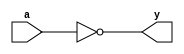
module jinverter(y,a);
	output y;
	input a;
	
	assign y=~a;
	
endmodule